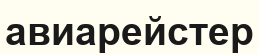
авиарейстер